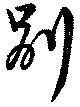
別